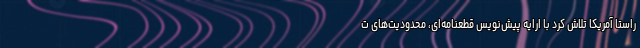
راستا آمریکا تلاش کرد با ارایه پیش‌نویس قطعنامه‌ای، محدودیت‌های ت